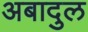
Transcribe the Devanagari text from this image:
अबादुल